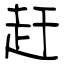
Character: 赶